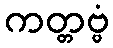
ကတ္တဗ္ဗံ